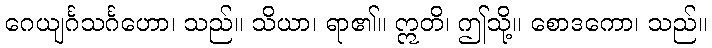
ဂေယျင်္ဂသင်္ဂဟော၊ သည်။ သိယာ၊ ရာ၏။ ဣတိ၊ ဤသို့။ စောဒကော၊ သည်။